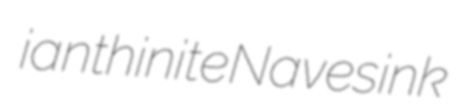
ianthinite Navesink